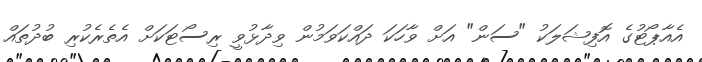
އެއާޕޯޓުގެ އޮފިޝަލަކު "ސަން" އަށް ވާހަކަ ދައްކަވަމުން ވިދާޅުވީ ރިސޯޓަކަށް އެތެރެކުރި ބުދުތައް